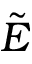
\tilde { E }